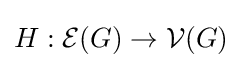
H:{\mathcal {E}}(G)\to {\mathcal {V}}(G)